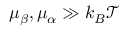
\mu _ { \beta } , \mu _ { \alpha } \gg k _ { B } \mathcal { T }